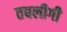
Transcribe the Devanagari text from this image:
तबलीगी